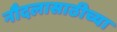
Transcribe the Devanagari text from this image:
नौदलासाठीच्या